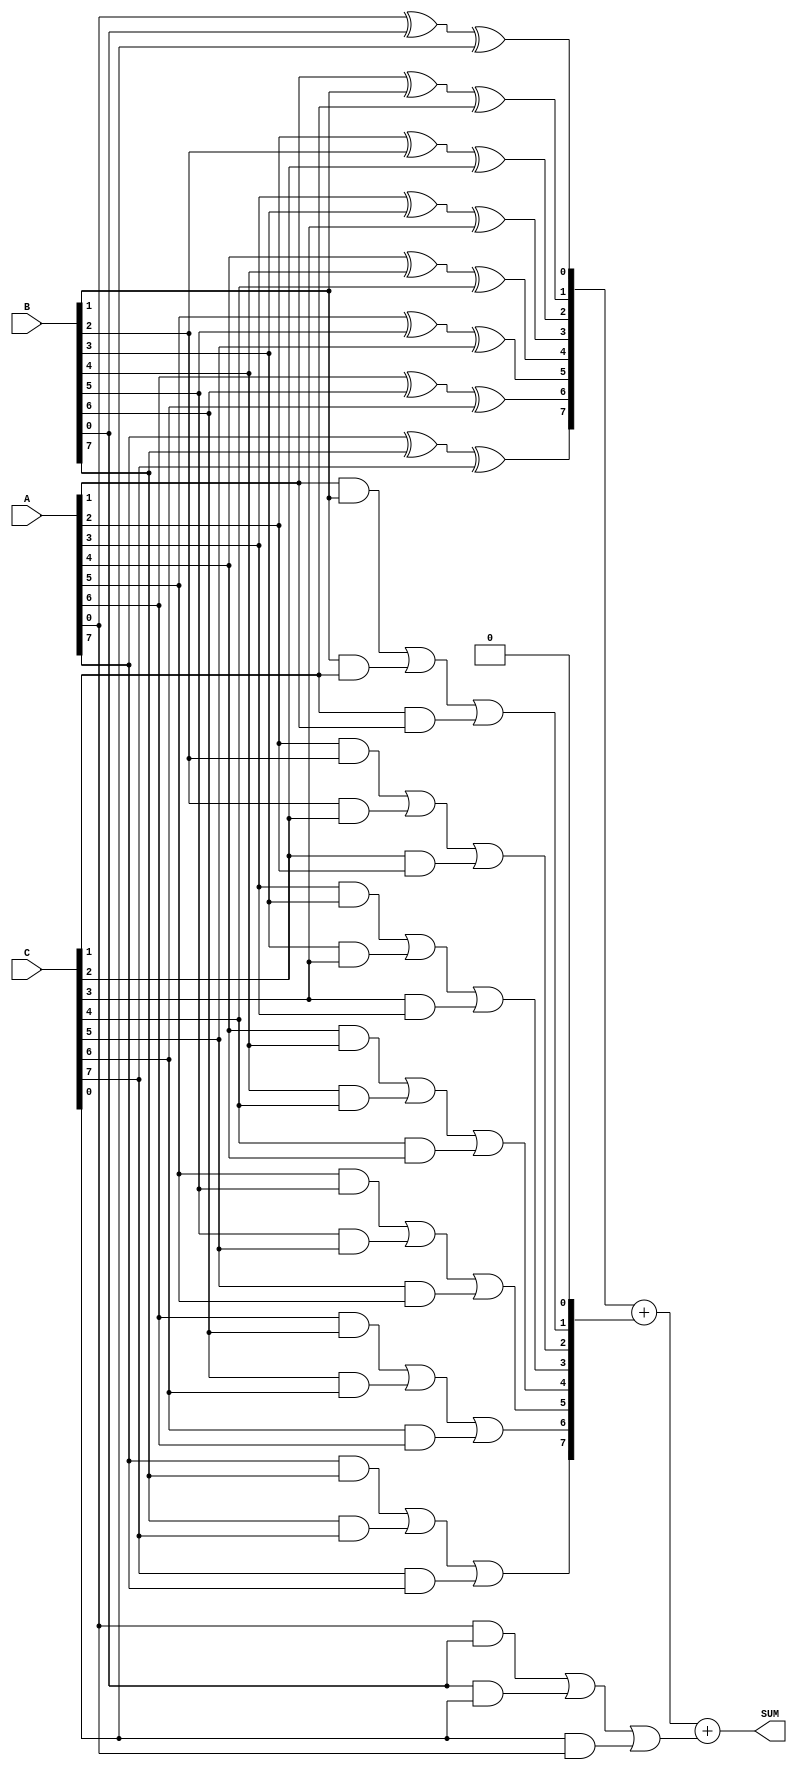
module carry_save_adder #(parameter N = 8) (
    input  [N-1:0] A,  // First operand
    input  [N-1:0] B,  // Second operand
    input  [N-1:0] C,  // Third operand
    output [N:0] SUM   // Final sum output (N bits + 1 for carry)
);

    // Intermediate signals for partial sums and carries
    wire [N-1:0] PS;   // Partial Sum
    wire [N-1:0] CARRY; // Carry

    // Generate partial sums and carries for each bit
    genvar i;
    generate
        for (i = 0; i < N; i = i + 1) begin : CSA_STAGE
            assign PS[i] = A[i] ^ B[i] ^ C[i]; // Partial Sum
            assign CARRY[i] = (A[i] & B[i]) | (B[i] & C[i]) | (C[i] & A[i]); // Carry
        end
    endgenerate

    // Final stage to resolve carries
    wire [N-1:0] final_sum;
    wire [N-1:0] final_carry;

    // Using a simple ripple carry adder for the final addition
    assign final_sum = PS + {CARRY[N-1:1], 1'b0}; // Shift carry for addition
    assign SUM = final_sum + CARRY[0]; // Add the last carry

endmodule